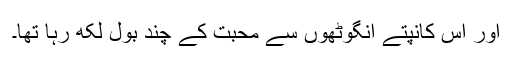
اور اس کانپتے انگوٹھوں سے محبت کے چند بول لکھ رہا تھا۔